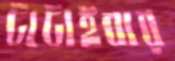
টাটাইবার